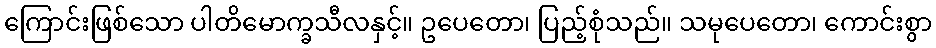
ကြောင်းဖြစ်သော ပါတိမောက္ခသီလနှင့်။ ဥပေတော၊ ပြည့်စုံသည်။ သမုပေတော၊ ကောင်းစွာ